Leaving Certificate Examination (including Day School Certificate (Higher) General paper), 1929
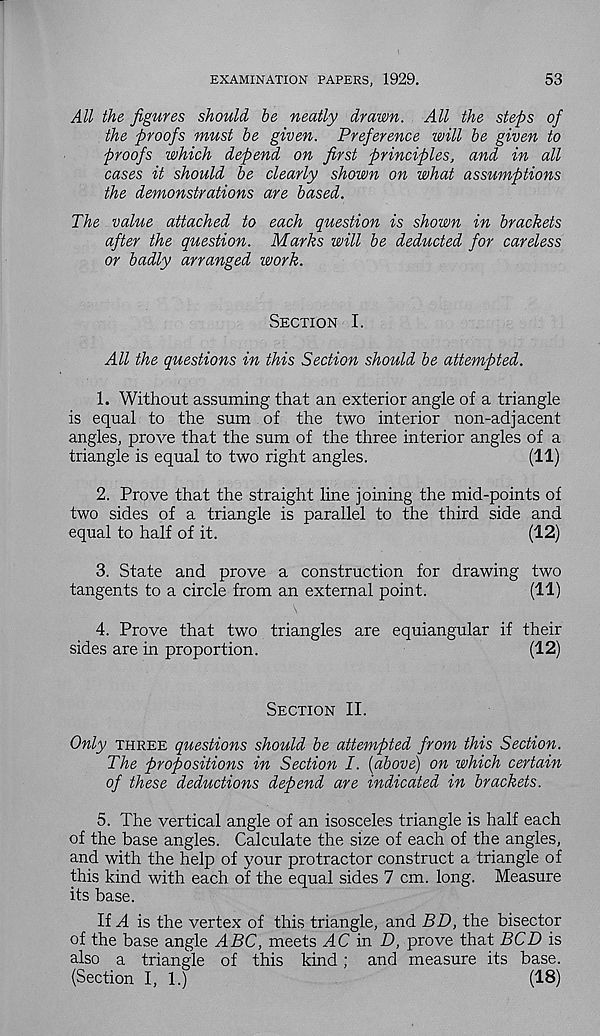
EXAMINATION PAPERS, 1929.
53
All the figures should he neatly drawn. All the steps of
the proofs must be given. Preference will he given to
proofs which depend on first principles, and in all
cases it should be clearly shown on what assumptions
the demonstrations are based.
The value attached to each question is shown in brackets
after the question. Marks will be deducted for careless
or badly arranged work.
Section I.
All the questions in this Section should be attempted.
1. Without assuming that an exterior angle of a triangle
is equal to the sum of the two interior non-adjacent
angles, prove that the sum of the three interior angles of a
triangle is equal to two right angles.
(11)
2. Prove that the straight line joining the mid-points of
two sides of a triangle is parallel to the third side and
equal to half of it.
(12)
3. State and prove a construction for drawing two
tangents to a circle from an external point.
(11)
4. Prove that two triangles are equiangular if their
sides are in proportion.
(12)
Section II.
Only three questions should be attempted from this Section.
The propositions in Section I. {above) on which certain
of these deductions depend are indicated in brackets.
5. The vertical angle of an isosceles triangle is half each
of the base angles. Calculate the size of each of the angles,
and with the help of your protractor construct a triangle of
this kind with each of the equal sides 7 cm. long. Measure
its base.
If A is the vertex of this triangle, and BD, the bisector
of the base angle ABC, meets AC in D, prove that BCD is
also a triangle of this kind; and measure its base.
(Section I, 1.)
(18)